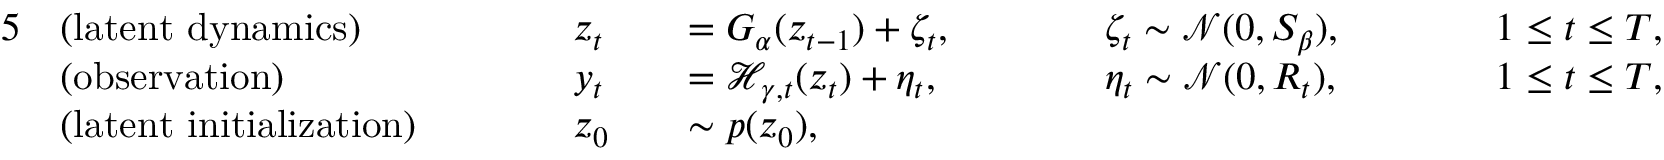
\begin{array} { r l r l r l r l r l } { { 5 } } & { \mathrm { ( l a t e n t ~ d y n a m i c s ) } } & & { \quad \quad z _ { t } } & & { = G _ { \alpha } ( z _ { t - 1 } ) + \zeta _ { t } , \quad \quad } & & { \zeta _ { t } \sim \mathcal { N } ( 0 , S _ { \beta } ) , \quad \quad } & & { 1 \le t \le T , } \\ & { \mathrm { ( o b s e r v a t i o n ) } } & & { \quad \quad y _ { t } } & & { = \mathcal { H } _ { \gamma , t } ( z _ { t } ) + \eta _ { t } , \quad \quad } & & { \eta _ { t } \sim \mathcal { N } ( 0 , R _ { t } ) , \quad \quad } & & { 1 \le t \le T , } \\ & { \mathrm { ( l a t e n t ~ i n i t i a l i z a t i o n ) } } & & { \quad \quad z _ { 0 } } & & { \sim p ( z _ { 0 } ) , } \end{array}